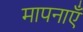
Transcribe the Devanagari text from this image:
मापनाएँ